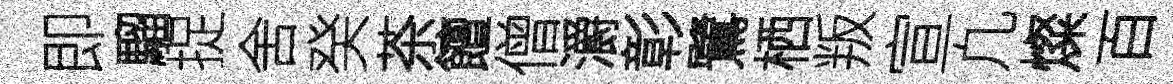
即騮捉舍癸茶饘僧灂彰鷺栖叛宣凢燦百